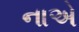
નાએ